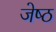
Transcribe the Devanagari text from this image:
जेष्‍ठ